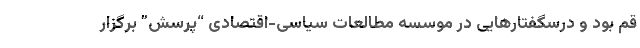
قم بود و درسگفتارهایی در موسسه مطالعات سیاسی-اقتصادی “پرسش” برگزار